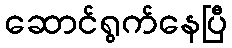
ဆောင်ရွက်နေပြီ